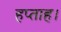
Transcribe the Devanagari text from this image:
हप्ताह।